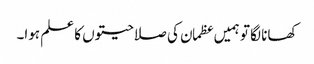
کھانا لگا تو ہمیں عظمان کی صلاحیتوں کا علم ہوا۔